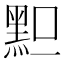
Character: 𪐪